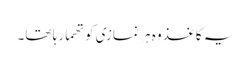
یہ کاغذ وہ ہر نمازی کو تھما رہا تھا۔